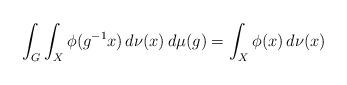
LaTeX: \begin{align*}\int_G \int_X \phi(g^{-1}x) \, d\nu(x) \, d\mu(g) = \int_X \phi(x) \, d\nu(x)\end{align*}